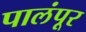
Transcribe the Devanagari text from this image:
पालंपूर